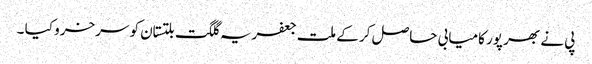
پی نے بھر پور کامیابی حاصل کر کے ملت جعفریہ گلگت بلتستان کو سرخرو کیا ۔